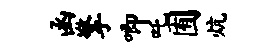
函擎唧吒囿炕